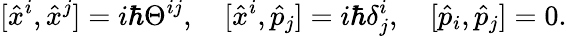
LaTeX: [\hat{x}^{i},\hat{x}^{j}]=i\hbar\Theta^{ij},\quad[\hat{x}^{i},\hat{p}_{j}]=i\hbar\delta_{j}^{i},\quad[\hat{p}_{i},\hat{p}_{j}]=0.